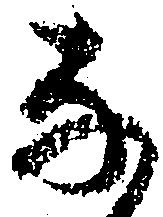
な